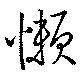
懶